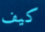
كيف